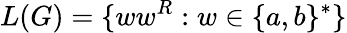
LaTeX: L(G)=\{ ww^{R}:w\in\{ a,b\} ^{*}\}